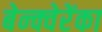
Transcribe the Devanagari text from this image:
बेन्क्वेरेंका